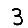
Digit: 3